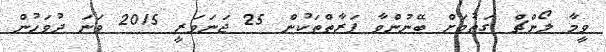
ވީމާ ލޯންޗް ގަތުމަށް ބޭނުންވާ ފަރާތްތަކުން 25 ޖަނަވަރީ 2015 ވަނަ ދުވަހުން